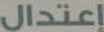
إعتدال